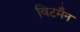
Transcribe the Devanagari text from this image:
विटमैन